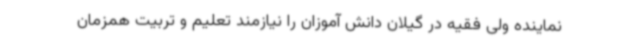
نماینده ولی فقیه در گیلان دانش آموزان را نیازمند تعلیم و تربیت همزمان